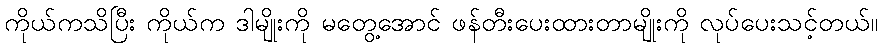
ကိုယ်ကသိပြီး ကိုယ်က ဒါမျိုးကို မတွေ့အောင် ဖန်တီးပေးထားတာမျိုးကို လုပ်ပေးသင့်တယ်။